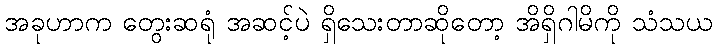
အခုဟာက တွေးဆရုံ အဆင့်ပဲ ရှိသေးတာဆိုတော့ အိရှိဂါမိကို သံသယ